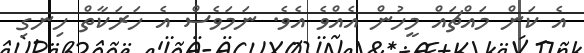
އެ ކަން މައްޗައް މީހުން އެއްވެ އެވެ. ނަމަވެސް އެ ހަރަކާތް ހިނގި